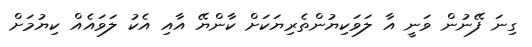
ގިނަ ފޭނުން ވަނީ އާ ލަވަކިޔުންތެރިޔަކަށް ކާންޔޭ އާއި އެކު ލަވައެއް ކިޔުމަށް